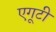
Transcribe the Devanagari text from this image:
एगूटी